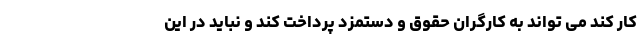
کار کند می تواند به کارگران حقوق و دستمزد پرداخت کند و نباید در این